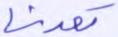
تعدنا